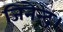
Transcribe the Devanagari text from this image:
जिनेन्द्र।